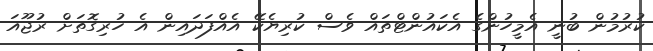
ކުރުމުން ބުނީ އެމީހުންގެ އެކައުންޓްތައް ވެސް ކުރިޔެކޭ އެއްފަދައިން އެ ހުރިގޮތަށް ރުޖޫއަ